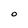
Character: O